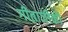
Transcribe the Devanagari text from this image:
गीताजीकी